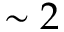
\sim 2